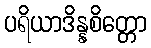
ပရိယာဒိန္နစိတ္တော